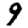
Digit: 9